Civil Veterinary Dept. Bombay admin report 1907-1913 - 1907-1913
Year: 1907
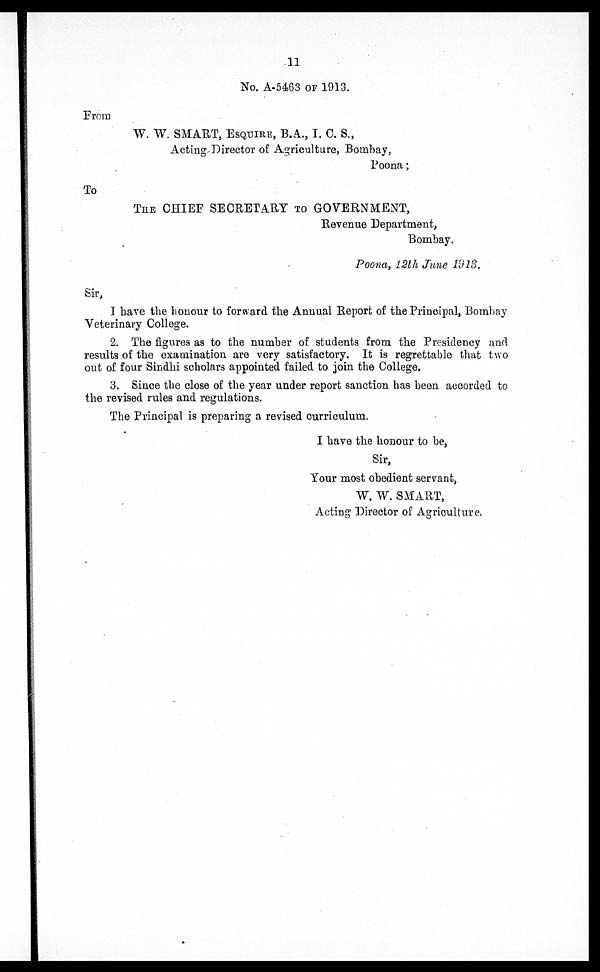
11
No. A-5463 of 1913.
From
W. W. SMART, ESQUIRE, B.A., I. C. S.,
Acting Director of Agriculture, Bombay,
Poona;
To
THE CHIEF SECRETARY TO GOVERNMENT,
Revenue Department,
Bombay.
Poona, 12th June 1918.
Sir,
I have the honour to forward the Annual Report of the Principal, Bombay
Veterinary College.
2. The figures as to the number of students from the Presidency and
results of the examination are very satisfactory. It is regrettable that two
out of four Sindhi scholars appointed failed to join the College.
3. Since the close of the year under report sanction has been accorded to
the revised rules and regulations.
The Principal is preparing a revised curriculum.
I have the honour to be,
Sir,
Your most obedient servant,
W. W. SMART,
Acting Director of Agriculture.